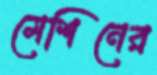
মেশিনের